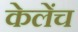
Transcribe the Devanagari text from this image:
केलेंच